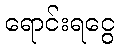
ရောင်းရငွေ